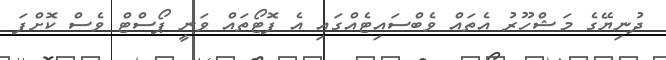
ދުނިޔޭގެ މަޝްހޫރު އެތައް ވެބްސައިޓެއްގައި އެ ފޮޓޯތައް ވަނީ ޕޯސްޓް ވެސް ކޮށްފަ